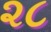
૨૮